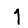
Digit: 1